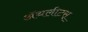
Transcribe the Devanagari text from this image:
ॲथलीटस्